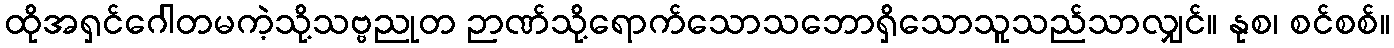
ထိုအရှင်ဂေါတမကဲ့သို့သဗ္ဗညုတ ဉာဏ်သို့ရောက်သောသဘောရှိသောသူသည်သာလျှင်။ နုစ၊ စင်စစ်။